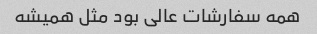
همه سفارشات عالی بود مثل همیشه